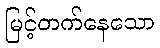
မြင့်တက်နေသော